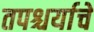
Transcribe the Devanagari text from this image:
तपश्चर्याचे